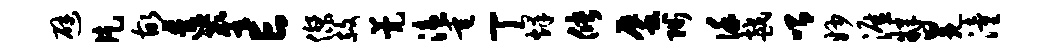
避片故透麈亡杰赦甍溘垂丁烽储蜃陟谨越喟妙涯肄冕潼